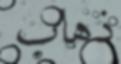
ذهاب